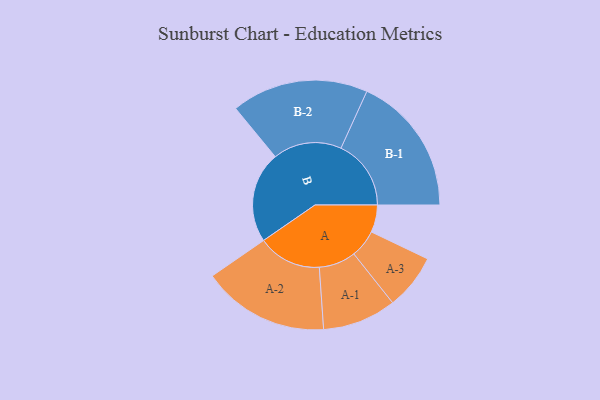
{"axis": {"x": "Segment", "y": "Value"}, "legend": ["", "A", "B"], "data": [{"x": "A", "y": 117, "type": ""}, {"x": "B", "y": 390, "type": ""}, {"x": "A-1", "y": 158, "type": "A"}, {"x": "A-2", "y": 272, "type": "A"}, {"x": "A-3", "y": 119, "type": "A"}, {"x": "B-1", "y": 300, "type": "B"}, {"x": "B-2", "y": 293, "type": "B"}]}